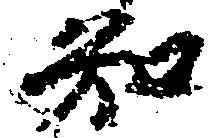
知